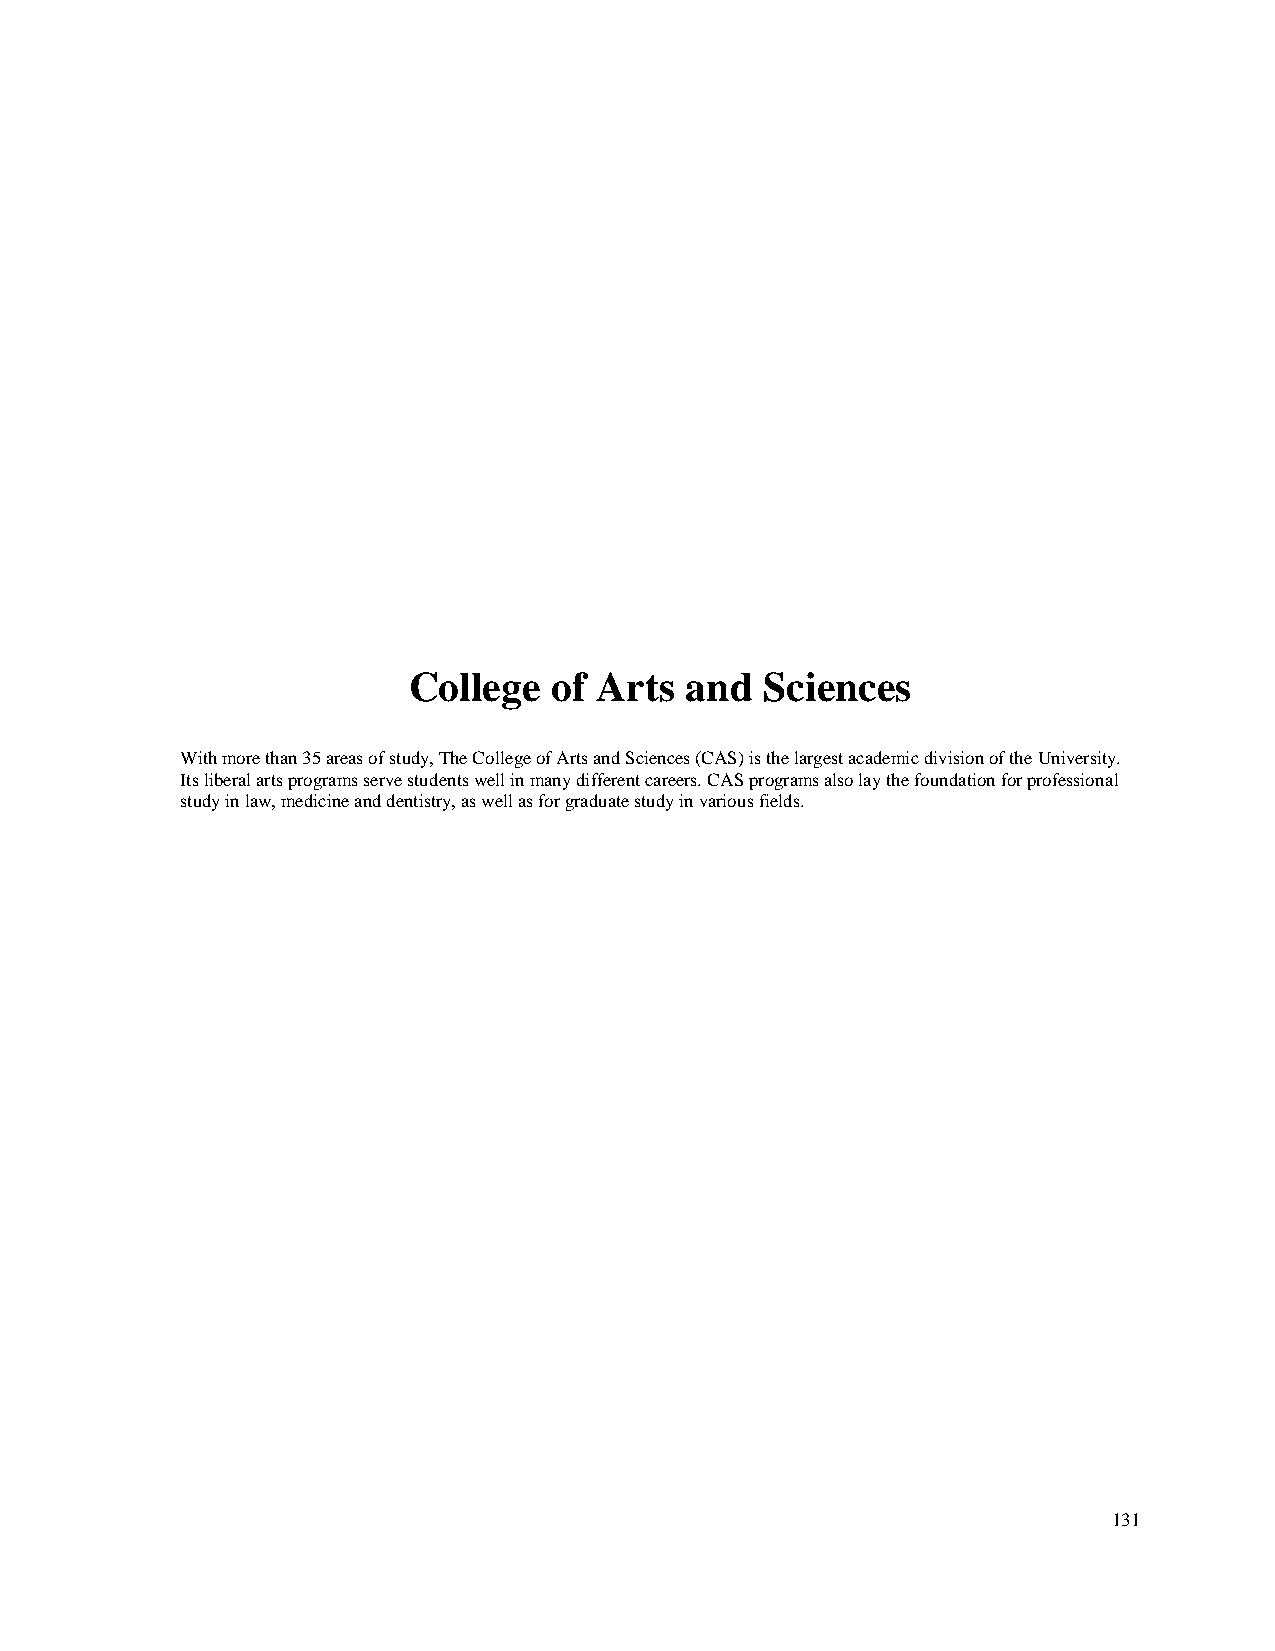
College  of Arts  and   Sciences
 With more than 35 areas of study, The College of Arts and Sciences (CAS) is the largest academic division of the University.
 Its liberal arts programs serve students well in many different careers. CAS programs also lay the foundation for professional
 study in law, medicine and dentistry, as well as for graduate study in various fields.
 131